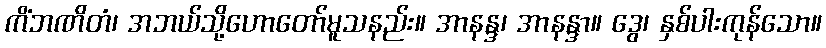
ကိံဘဏိတံ၊ အဘယ်သို့ဟောတော်မူသနည်း။ အာနန္ဒ၊ အာနန္ဒာ။ ဒွေ၊ နှစ်ပါးကုန်သော။